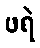
ဖရဲ